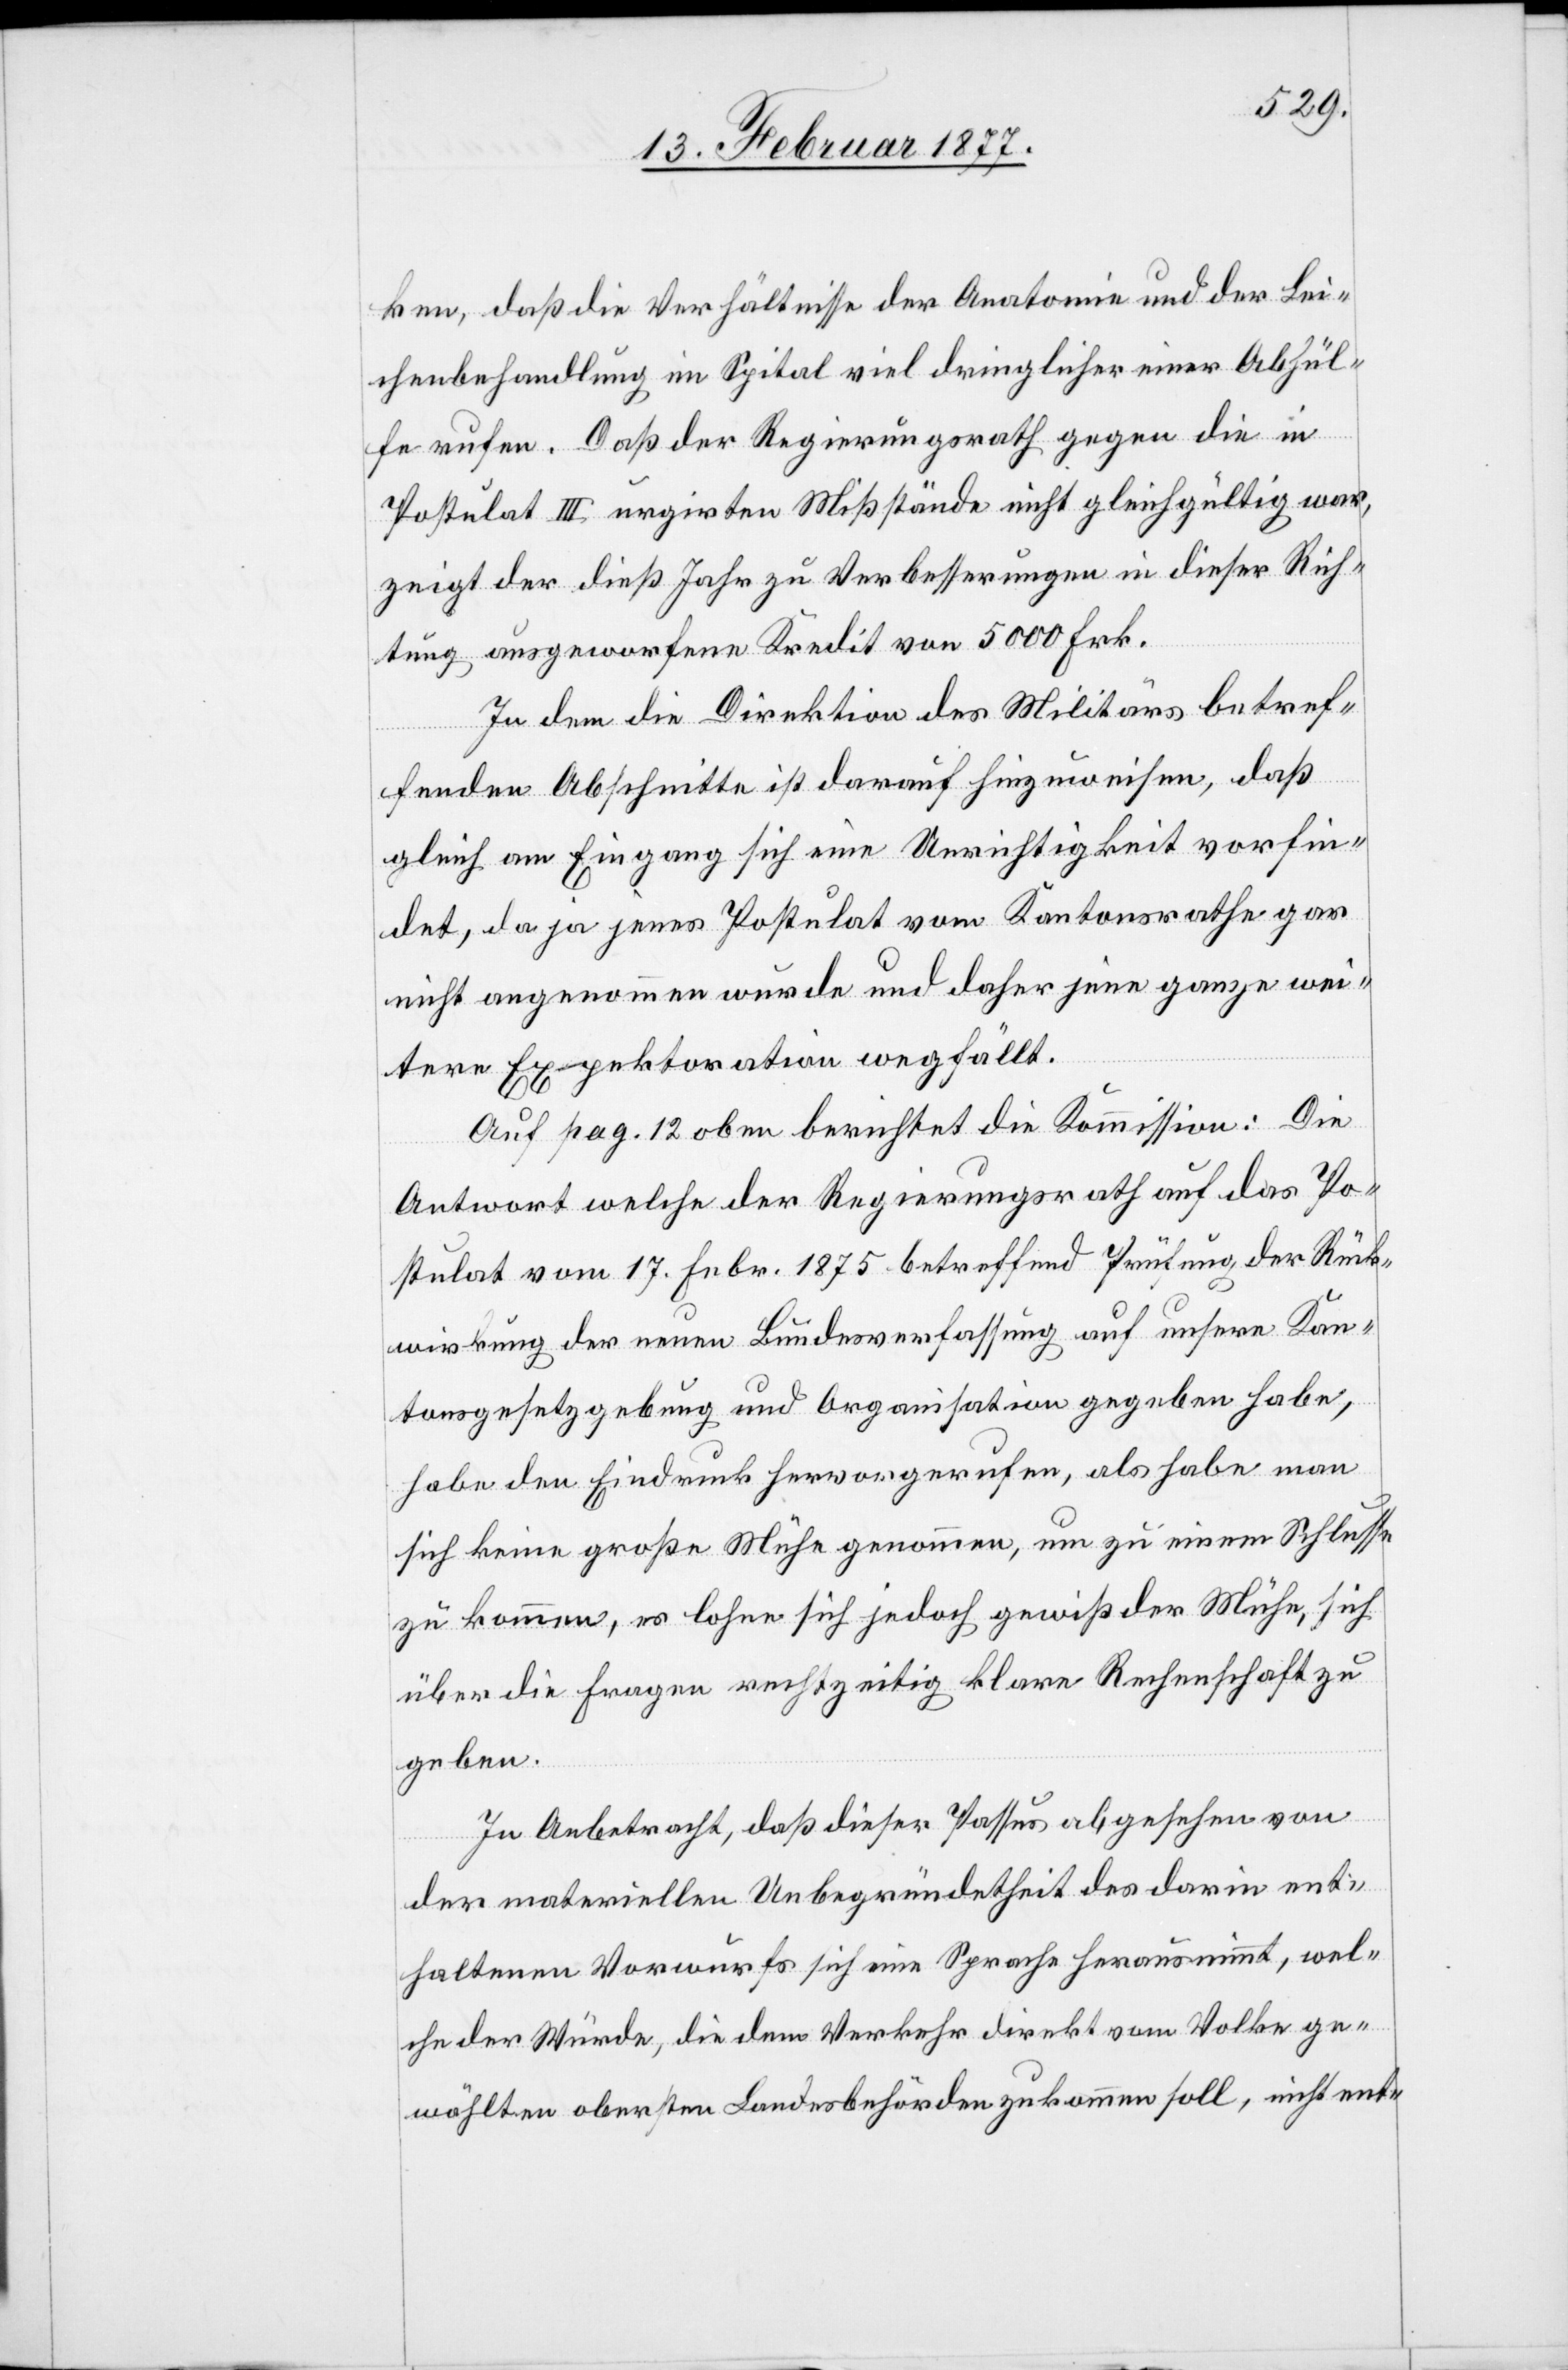
ken, daß die Verhältnisse der Anatomie und der Lei¬
chenbehandlung im Spital viel dringlicher einer Abhül¬
fe rufen. Daß der Regierungsrath gegen die in
Postulat III urgirten Mißstände nicht gleichgültig war,
zeigt der dieß Jahr zu Verbesserung in dieser Rich¬
tung ausgeworfene Kredit von 5000 Frk.
In dem die Direktion des Militärs betref¬
fenden Abschnitte ist darauf hinzuweisen, daß
gleich am Eingang sich eine Unrichtigkeit vorfin¬
det, da ja jenes Postulat vom Kantonsrathe gar
nicht angenommen wurde und daher jene ganze wei¬
tere Expektoration wegfällt.
Auf pag. 12 oben berichtet die Kommission: Die
Antwort welche der Regierungsrath auf das Po¬
stulat vom 17. Febr. 1875 betreffend Prüfung der Rück¬
wirkung der neuen Bundesverfassung auf unsere Kan¬
tonsgesetzgebung und Organisation gegeben habe,
habe den Eindruck hervorgerufen, als habe man
sich keine große Mühe genommen, um zu einem Schlusse
zu kommen, es lohne sich jedoch gewiß der Mühe, sich
über die Frage rechtzeitig klare Rechenschaft zu
geben.
In Anbetracht, daß dieser Passus abgesehen von
der materiellen Unbegründetheit des darin ent¬
haltenen Vorwurfes sich eine Sprache herausnimmt, wel¬
che der Würde, die dem Verkehr direkt vom Volke ge¬
wählten obersten Landesbehörden zukommen soll, nicht ent-